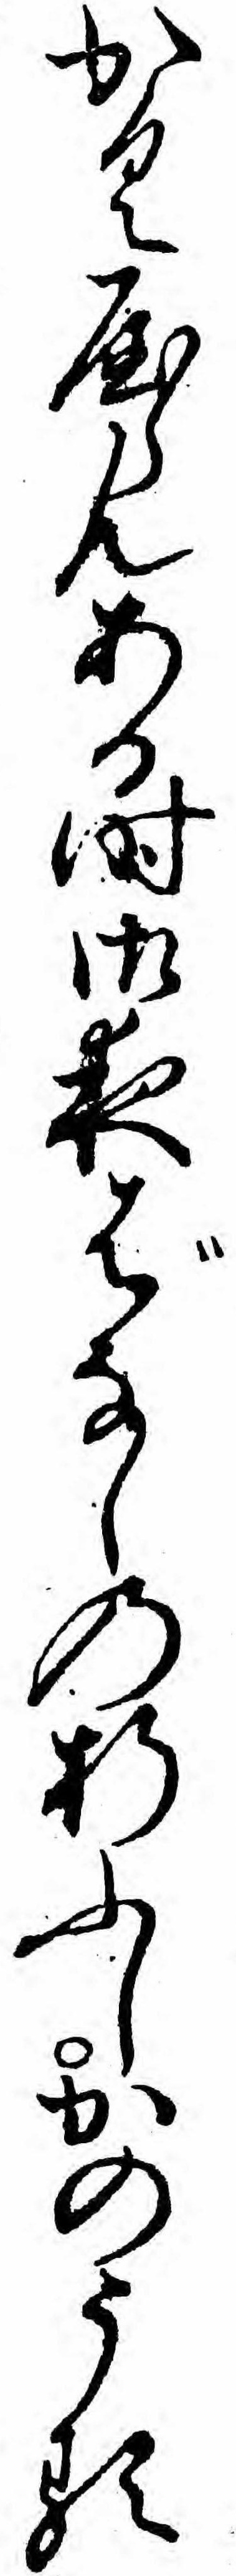
かくやらんある時御夜ばなしの折ふしかのうる